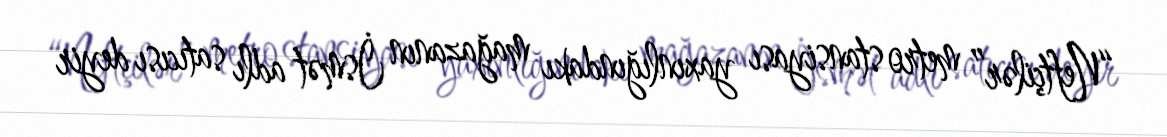
“Neftçilər” metro stansiyası yaxınlığındakı mağazanın İsmət adlı satıcısı deyir